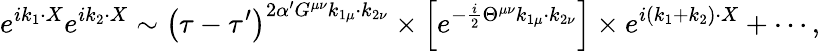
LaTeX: e^{ik_{1}\cdot X}e^{ik_{2}\cdot X}\sim\left(\tau-\tau^{\prime}\right)^{2\alpha^{\prime}G^{\mu\nu}k_{1\mu}\cdot k_{2\nu}}\times\left[e^{-\frac{i}{2}\Theta^{\mu\nu}k_{1\mu}\cdot k_{2\nu}}\right]\times e^{i\left(k_{1}+k_{2}\right)\cdot X}+\cdots,